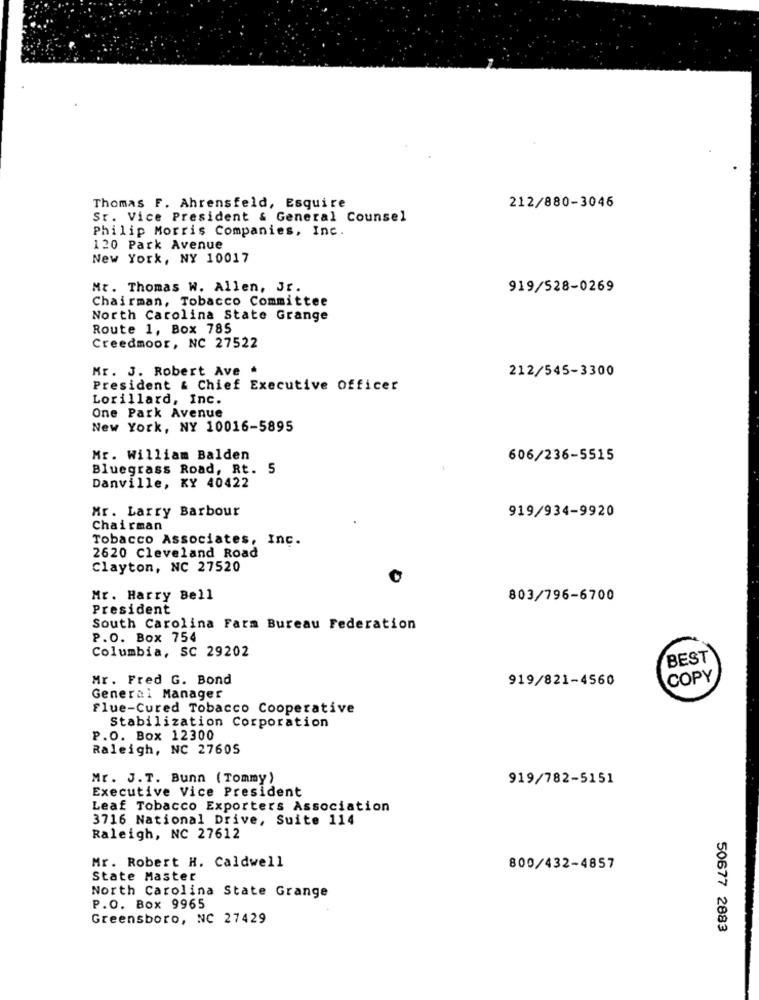
Thomas F. Ahrensfeld, Esquire
212/880-3046
Sr. Vice President & General Counsel
Philip Morris Companies, Inc.
120 Park Avenue
New York, NY 10017
Mr. Thomas W. Allen, Jr.
919/528-0269
Chairman, Tobacco Committee
North Carolina State Grange
Route 1, Box 785
Creedmoor, NC 27522
Mr. J. Robert Ave .
212/545-3300
President & Chief Executive Officer
Lorillard, Inc.
One Park Avenue
New York, NY 10016-5895
Mr. William Balden
606/236-5515
Bluegrass Road, Rt. 5
Danville, KY 40422
Mr. Larry Barbour
919/934-9920
Chairman
Tobacco Associates, Inc.
2620 Cleveland Road
Clayton, NC 27520
Mr. Harry Bell
803/796-6700
President
South Carolina Farm Bureau Federation
P.O. Box 754
Columbia, SC 29202
BEST
Mr. Fred G. Bond
919/821-4560
COPY
General Manager
Flue-Cured Tobacco Cooperative
Stabilization Corporation
P.O. Box 12300
Raleigh, NC 27605
Mr. J.T. Bunn (Tommy)
919/782-5151
Executive Vice President
Leaf Tobacco Exporters Association
3716 National Drive, Suite 114
Raleigh, NC 27612
Mr. Robert H. Caldwell
800/432-4857
State Master
North Carolina State Grange
P.O. Box 9965
Greensboro, NC 27429
50677 2883